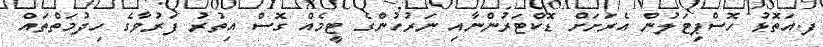
ފ.އަތޮޅު ހޮސްޕިޓަލުން އެރަށަށް ޑޮކްޓަރުންނާއި ނަރުހުންގެ ޓީމެއް ގޮސް އިތުރު ފަރުވާގެ ހިދުމަތްތައް